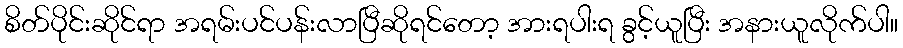
စိတ်ပိုင်းဆိုင်ရာ အရမ်းပင်ပန်းလာပြီဆိုရင်တော့ အားရပါးရ ခွင့်ယူပြီး အနားယူလိုက်ပါ။